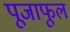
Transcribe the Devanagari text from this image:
पूजाफूल